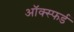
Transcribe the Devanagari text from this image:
ऑक्स्फर्ड